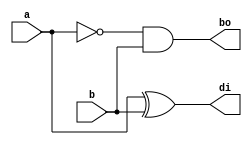
module shalfsub(a,b,bo,di);
input a,b;
output bo,di;
wire x;
assign x=~a;
assign bo=x&b;
assign di=a^b;
endmodule

module testbench();
reg a,b;
wire c,s;
shalfsub tst1(a,b,c,s);
initial
begin
a=0; b=0;
#5 a=0; b=1;
#5 a=1; b=0;
#5 a=1; b=1;
#5 $finish;
end
endmodule